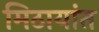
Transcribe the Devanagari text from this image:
मिठायांत